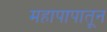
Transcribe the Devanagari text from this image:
महापापातून